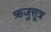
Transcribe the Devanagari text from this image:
ऋजुसूत्र